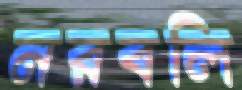
নরবলি